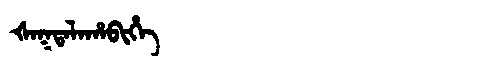
Manchu: ᡧᠠᡴᡨᠠᠯᠠᡥᠠᠪᡳᡥᡝ
Romanization: ŠAKTALAHABIHE